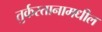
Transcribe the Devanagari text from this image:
तुर्कस्तानामधील